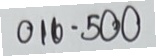
016 = 500